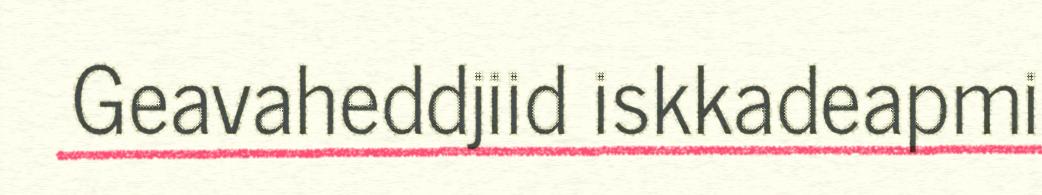
Geavaheddjiid iskkadeapmi